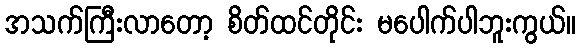
အသက်ကြီးလာတော့ စိတ်ထင်တိုင်း မပေါက်ပါဘူးကွယ်။